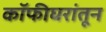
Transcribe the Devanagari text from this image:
कॉफीघरांतून